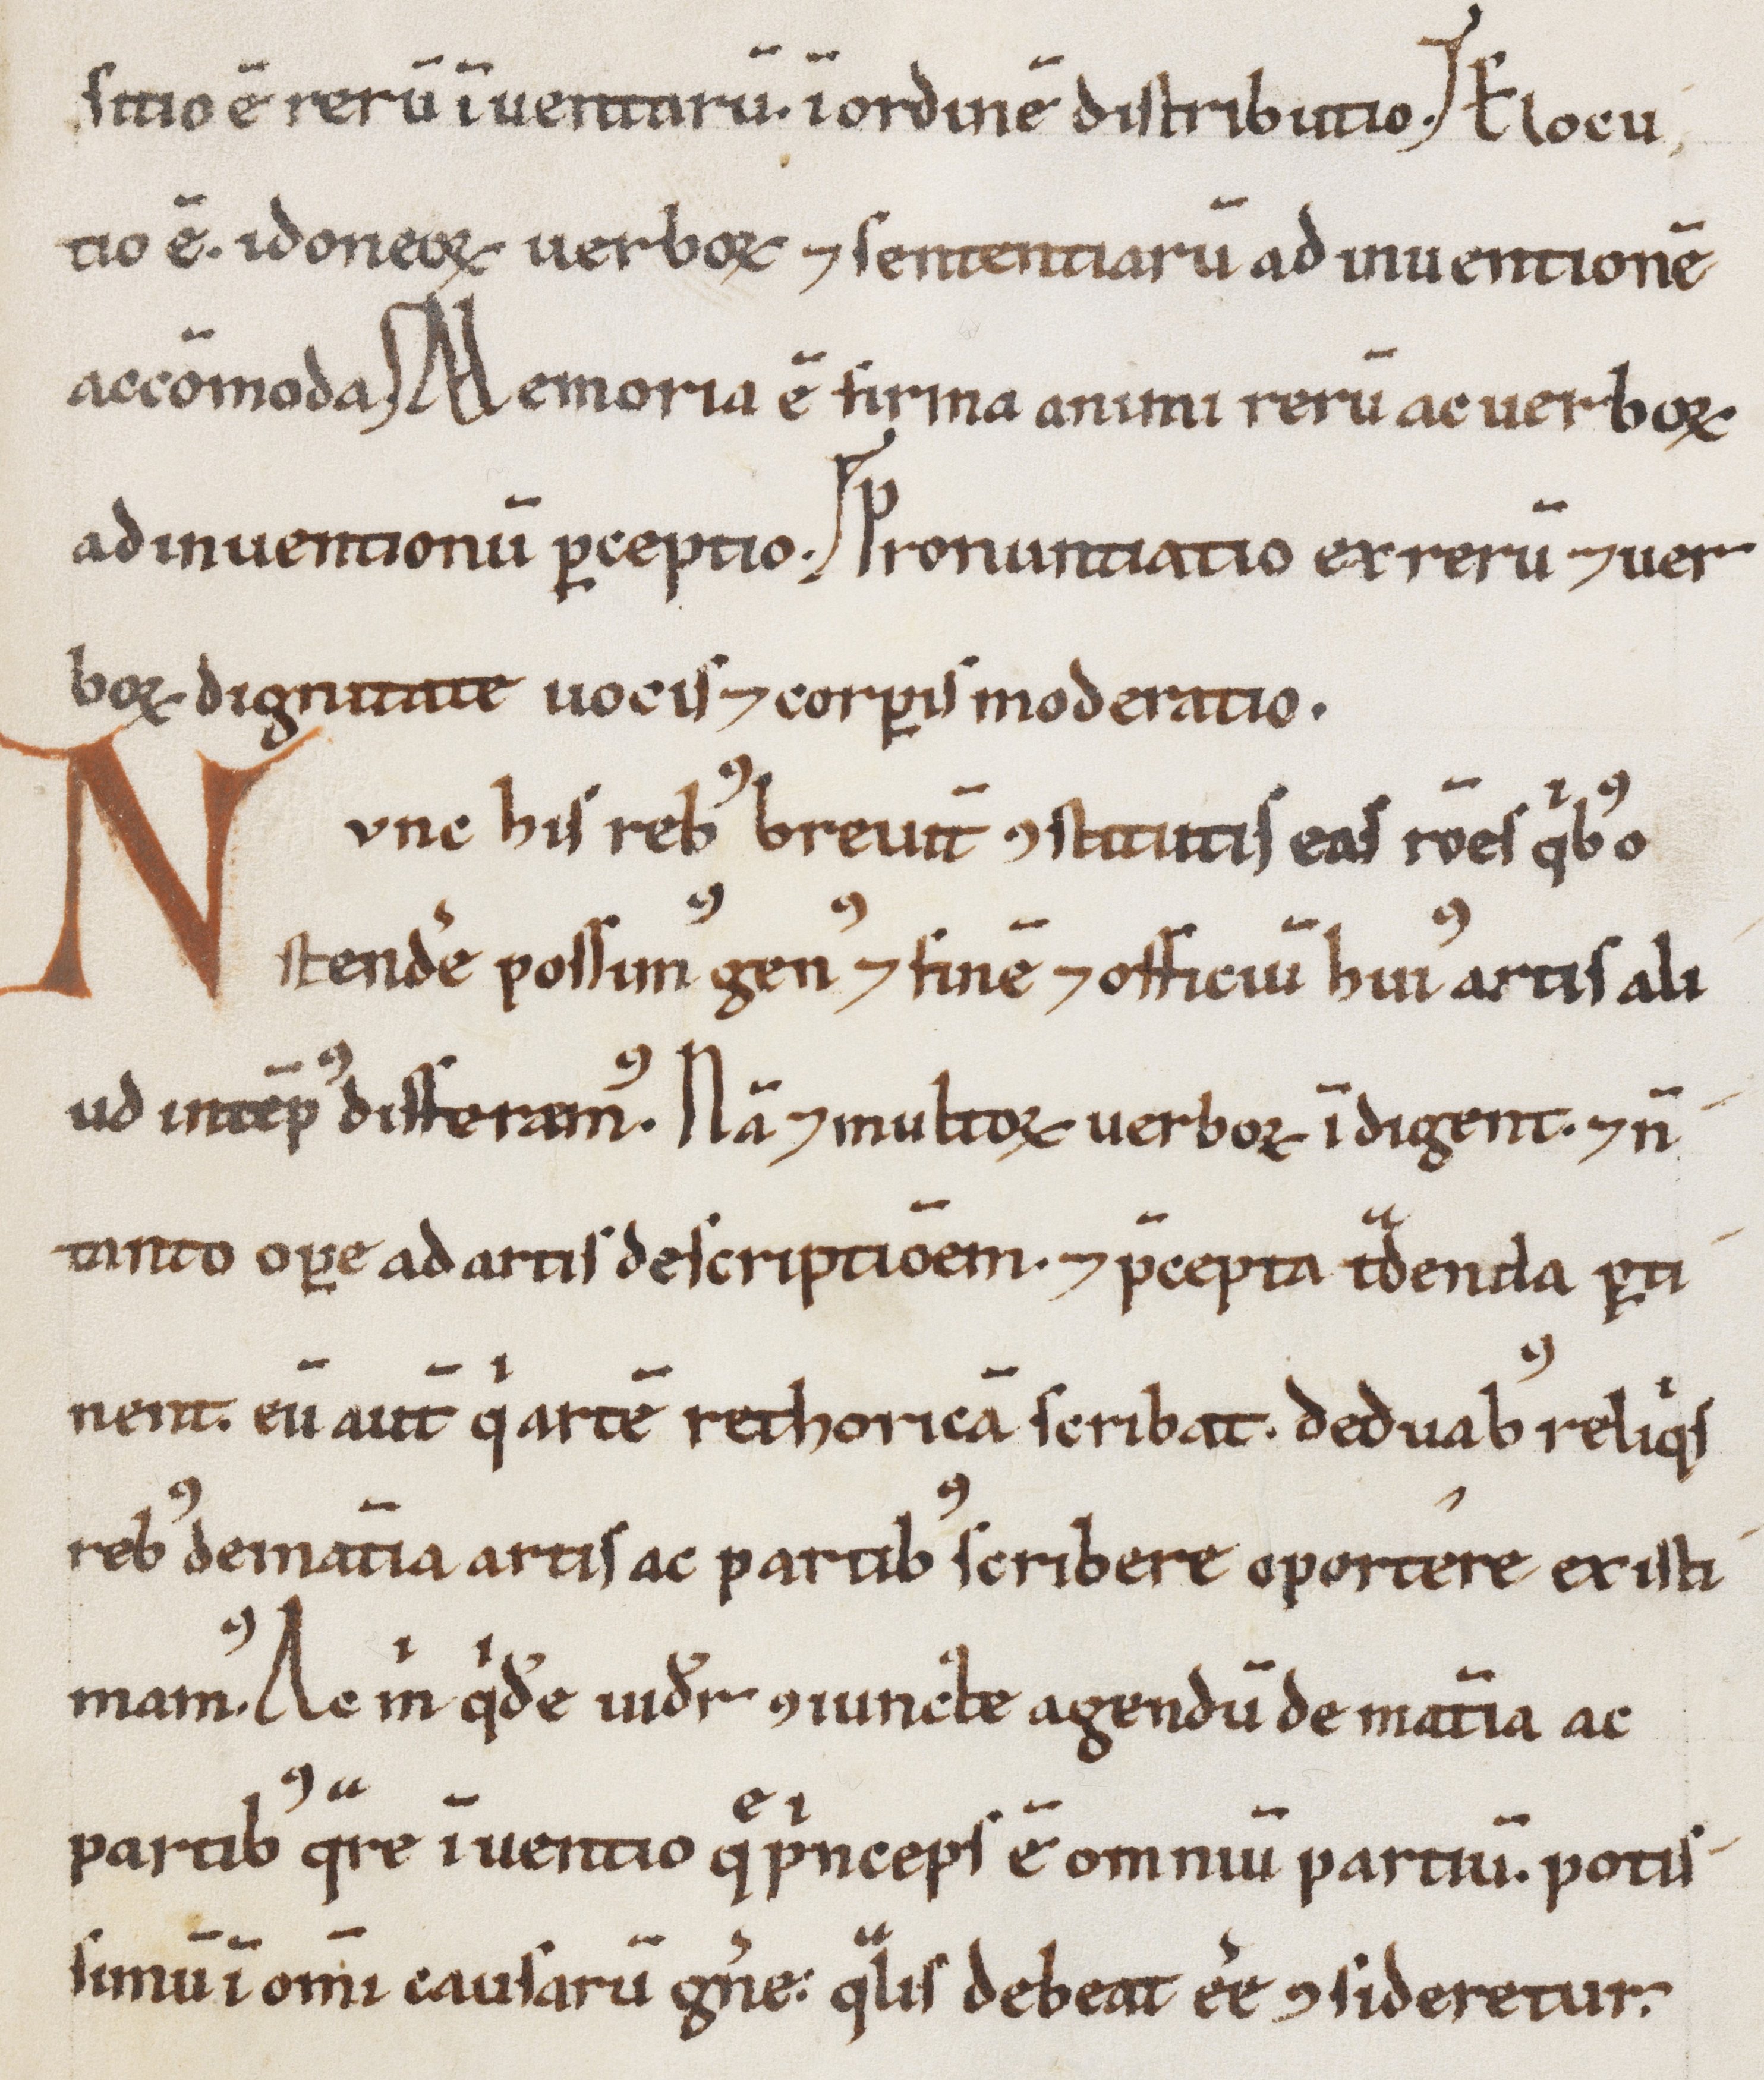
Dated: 1100–1199